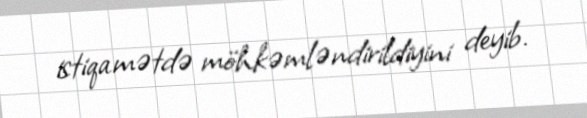
istiqamətdə möhkəmləndirildiyini deyib.